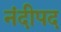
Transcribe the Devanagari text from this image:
नंदीपद